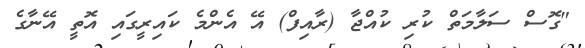
"ގޮސް ސަލާމަތް ކުރި ކުއްޖާ (ރާއިފް) އޭ އެންމެ ކައިރީގައި އޮތީ އޭނާގެ